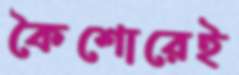
কৈশোরেই